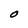
Character: O